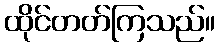
ထိုင်တတ်ကြသည်။